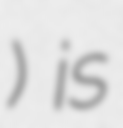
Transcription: الشريف) is